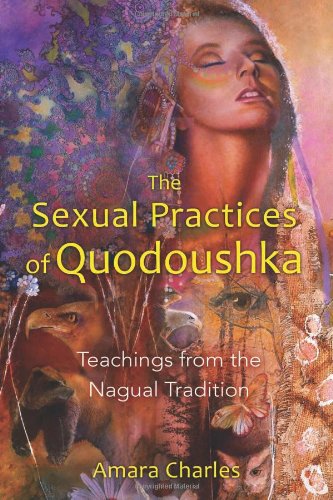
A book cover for The Sexual Practices of Quodoushka: Teachings from the Nagual Tradition; Amara Charles; Religion & Spirituality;